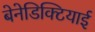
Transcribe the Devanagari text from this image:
बेनेडिक्टियाई